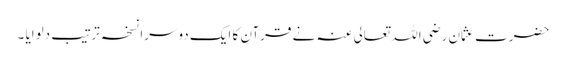
حضرت عثمان رضی اللہ تعالی عنہ نے قرآن کا ایک دوسرا نسخہ ترتیب دلوایا ۔